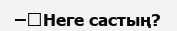
–	Неге састың?